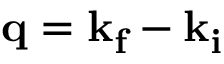
\mathbf { q } = \mathbf { k } _ { \mathbf { f } } - \mathbf { k } _ { \mathbf { i } }